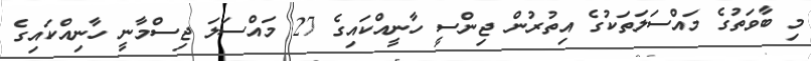
މި ބާވަތުގެ މައްސަލަތަކުގެ އިތުރުން ޖިންސީ ހާނީއްކައިގެ 27 މައްސަލަ ޖިސްމާނީ ހާނިއްކައިގެ